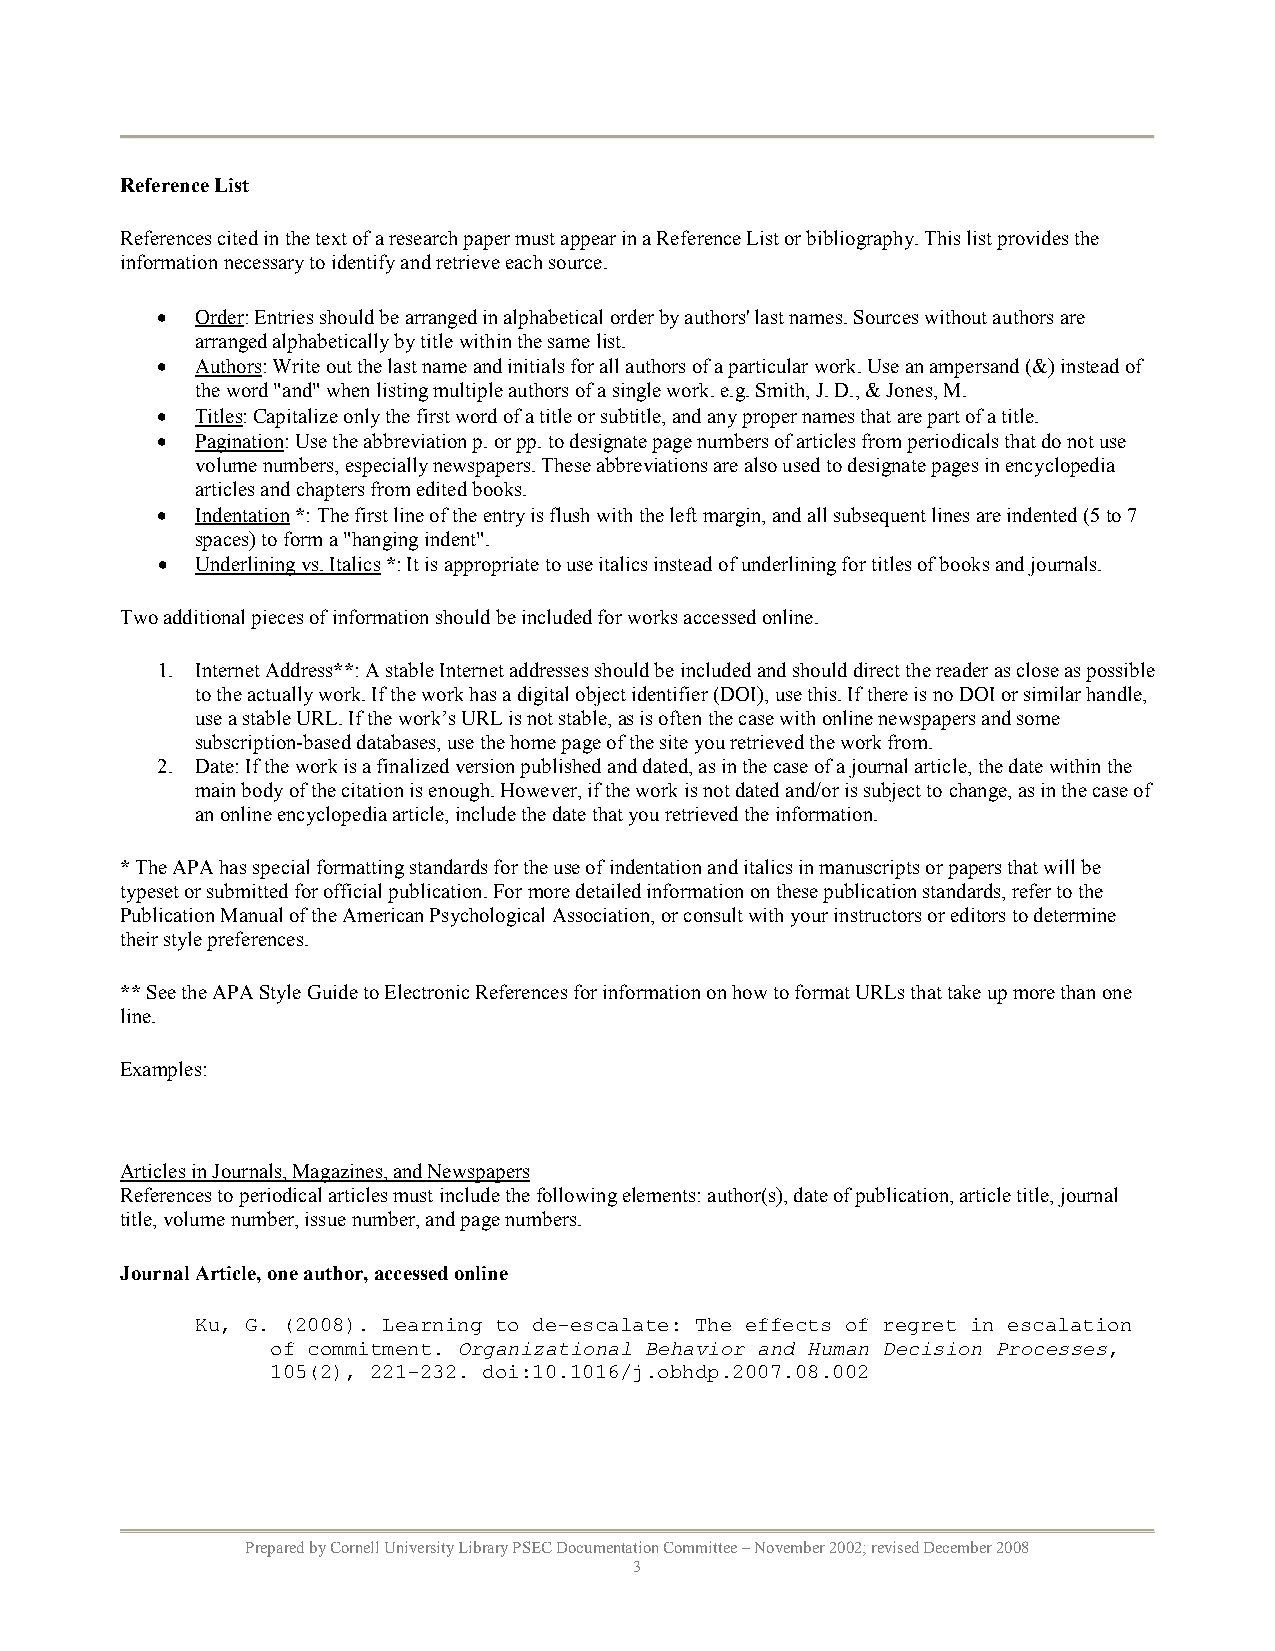
Reference List
 References cited in the text of a research paper must appear in a Reference List or bibliography. This list provides the
 information necessary to identify and retrieve each source.
 •  Order: Entries should be arranged in alphabetical order by authors' last names. Sources without authors are
 arranged alphabetically by title within the same list.
 •  Authors: Write out the last name and initials for all authors of a particular work. Use an ampersand (&) instead of
 the word "and" when listing multiple authors of a single work. e.g. Smith, J. D., & Jones, M.
 •  Titles: Capitalize only the first word of a title or subtitle, and any proper names that are part of a title.
 •  Pagination: Use the abbreviation p. or pp. to designate page numbers of articles from periodicals that do not use
 volume numbers, especially newspapers. These abbreviations are also used to designate pages in encyclopedia
 articles and chapters from edited books.
 •  Indentation *: The first line of the entry is flush with the left margin, and all subsequent lines are indented (5 to 7
 spaces) to form a "hanging indent".
 •  Underlining vs. Italics *: It is appropriate to use italics instead of underlining for titles of books and journals.
 Two additional pieces of information should be included for works accessed online.
 1. Internet Address**: A stable Internet addresses should be included and should direct the reader as close as possible
 to the actually work. If the work has a digital object identifier (DOI), use this. If there is no DOI or similar handle,
 use a stable URL. If the work’s URL is not stable, as is often the case with online newspapers and some
 subscription-based databases, use the home page of the site you retrieved the work from.
 2. Date: If the work is a finalized version published and dated, as in the case of a journal article, the date within the
 main body of the citation is enough. However, if the work is not dated and/or is subject to change, as in the case of
 an online encyclopedia article, include the date that you retrieved the information.
 * The APA has special formatting standards for the use of indentation and italics in manuscripts or papers that will be
 typeset or submitted for official publication. For more detailed information on these publication standards, refer to the
 Publication Manual of the American Psychological Association, or consult with your instructors or editors to determine
 their style preferences.
 ** See the APA Style Guide to Electronic References for information on how to format URLs that take up more than one
 line.
 Examples:
 Articles in Journals, Magazines, and Newspapers
 References to periodical articles must include the following elements: author(s), date of publication, article title, journal
 title, volume number, issue number, and page numbers.
 Journal Article, one author, accessed online
 Ku, G. (2008). Learning to de-escalate: The effects of regret in escalation
 of commitment. Organizational Behavior and Human Decision Processes,
 105(2), 221-232. doi:10.1016/j.obhdp.2007.08.002
 Prepared by Cornell University Library PSEC Documentation Committee – November 2002; revised December 2008
 3